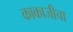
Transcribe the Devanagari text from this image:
काकाजीचा